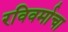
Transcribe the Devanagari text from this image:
रविवर्माचा